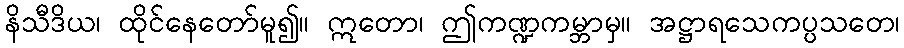
နိသီဒိယ၊ ထိုင်နေတော်မူ၍။ ဣတော၊ ဤကဏ္ဍကမ္ဘာမှ။ အဋ္ဌာရသေကပ္ပသတေ၊